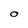
Character: 0